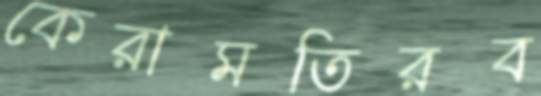
কেরামতিরব